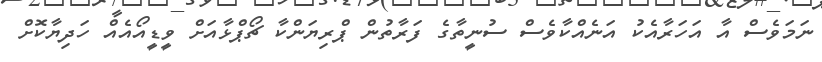
ނަމަވެސް އާ އަހަރާއެކު އަނެއްކާވެސް ސުނީތާގެ ފަރާތުން ޕްރިޔަންކާ ޗޯޕްޅާއަށް ވީޑީއޯއެއް ހަދިޔާކޮށް